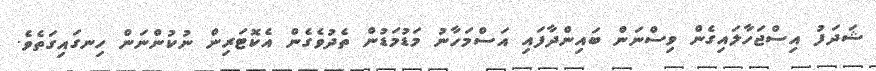
ޝަދަފު އިސްޖަހާލައިގެން ވިސްނަން ބައިންދާފައި އަސްމަހާނު މަޑުމަޑުން ތެދުވެގެން އެކޮޓަރިން ނުކުންނަން ހިނގައިގަތެވެ.